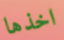
اخذها